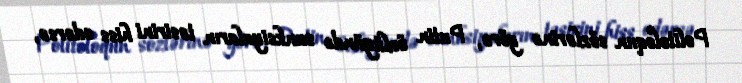
Politoloqun sözlərinə görə, Putin özlüyündə sanksiyaların təsirini hiss edərsə,